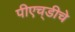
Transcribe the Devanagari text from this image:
पीएच्‌डीचे